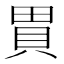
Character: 𧵗